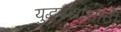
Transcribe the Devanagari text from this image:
युद्धबंद्यांसाठी